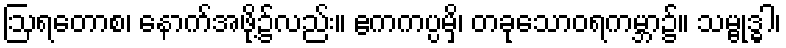
ဩရတောစ၊ နောက်အဖို့၌လည်း။ ဧကကပ္ပမှိ၊ တခုသောဝရကမ္ဘာ၌။ သမ္ဗုဒ္ဓါ၊